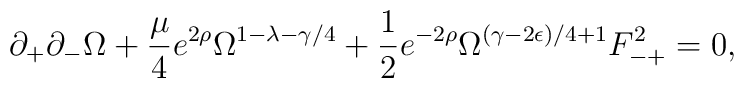
\partial_+\partial_-\Omega + \frac{\mu}{4} e^{2 \rho} \Omega^{1-\lambda-\gamma/4} +\frac{1}{2}e^{-2 \rho } \Omega^{(\gamma -2\epsilon)/4 +1} F^2_{-+}=0,